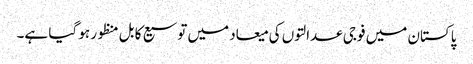
پاکستان میں فوجی عدالتوں کی میعاد میں توسیع کا بل منظور ہو گیا ہے۔